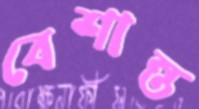
বেশান্ত